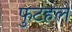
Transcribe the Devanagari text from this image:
फुटहले